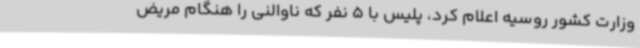
وزارت‌ کشور روسیه اعلام کرد، پلیس با 5 نفر که ناوالنی را هنگام مریض